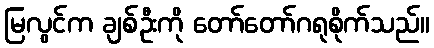
မြလွင်က ချစ်ဦးကို တော်တော်ဂရုစိုက်သည်။